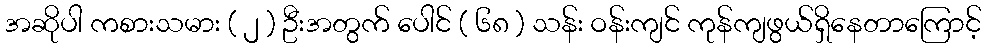
အဆိုပါ ကစားသမား ( ၂ ) ဦးအတွက် ပေါင် ( ၆၈ ) သန်း ဝန်းကျင် ကုန်ကျဖွယ်ရှိနေတာကြောင့်